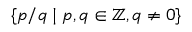
\{ p / q \mid p , q \in \mathbb { Z } , q \not = 0 \}